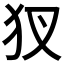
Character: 𤜫